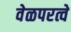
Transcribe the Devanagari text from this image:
वेळपरत्वे